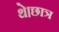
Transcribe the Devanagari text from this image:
थे।छात्र